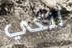
أنكي